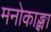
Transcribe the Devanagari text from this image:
मनोकाङ्क्षा